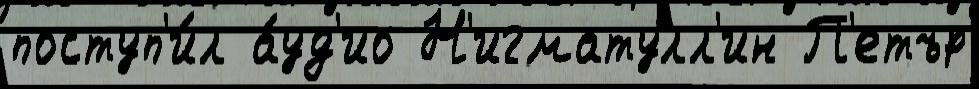
поступ'и́л а́уд'ио Н'игматулл'ин П'етър